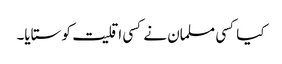
کیا کسی مسلمان نے کسی اقلیت کو ستایا۔